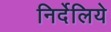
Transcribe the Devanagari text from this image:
निर्देलिये